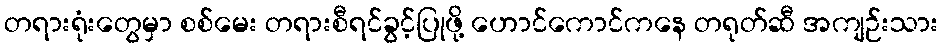
တရားရုံးတွေမှာ စစ်မေး တရားစီရင်ခွင့်ပြုဖို့ ဟောင်ကောင်ကနေ တရုတ်ဆီ အကျဉ်းသား